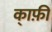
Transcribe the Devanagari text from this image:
का्फ़ी